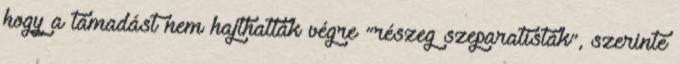
hogy a támadást nem hajthatták végre “részeg szeparatisták”, szerinte